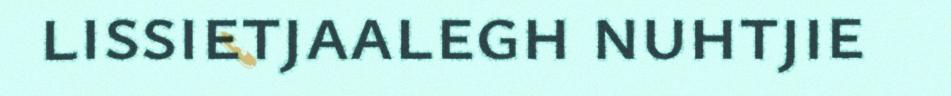
lissietjaalegh nuhtjie